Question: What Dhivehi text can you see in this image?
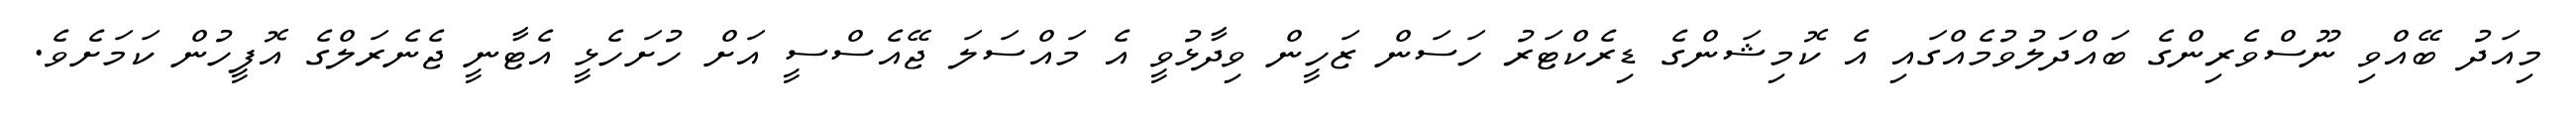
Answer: މިއަދު ބޭއްވި ނޫސްވެރިންގެ ބައްދަލުވުމެއްގައި އެ ކޮމިޝަންގެ ޑިރެކްޓަރު ހަސަން ޒަހީން ވިދާޅުވީ އެ މައްސަލަ ޖޭއެސްސީ އަށް ހުށަހެޅީ އެޓާނީ ޖެނެރަލްގެ އޮފީހުން ކަމަށެވެ.